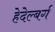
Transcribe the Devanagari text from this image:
हेदेल्बर्ग